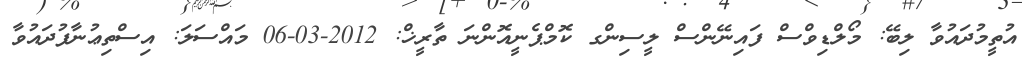
އުތީމުދައުވާ ލިބޭ: މޯލްޑިވްސް ފައިނޭންސް ލީސިންގ ކޮމްޕެނީއޮންނަ ތާރީޚް: 2012-03-06 މައްސަލަ: އިސްތިޢުނާފުދައުވާ